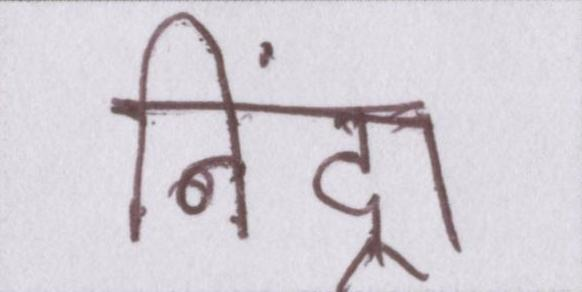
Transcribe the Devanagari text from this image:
निंद्रा